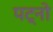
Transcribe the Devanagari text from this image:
पट्नो